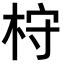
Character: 𣑋